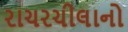
રાચરચીલાનો